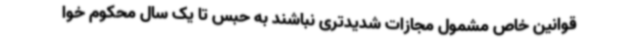
قوانین خاص مشمول مجازات شدیدتری نباشند به حبس تا یک سال محکوم خوا